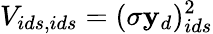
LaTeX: V_{ids,ids}=(\sigma\mathbf{y}_{d})_{ids}^{2}